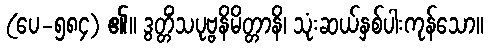
(ပေ-၅၈၄) ၏။ ဒွတ္တိံသပုဗ္ဗနိမိတ္တာနိ၊ သုံးဆယ်နှစ်ပါးကုန်သော။